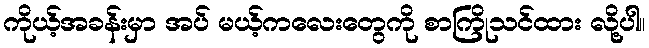
ကိုယ့်အခန်းမှာ အပ် မယ့်ကလေးတွေကို စာကြိုသင်ထား လို့ပါ။